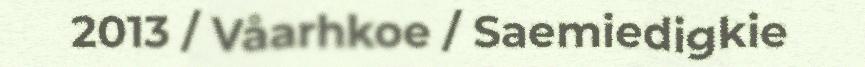
2013 / Våarhkoe / Saemiedigkie